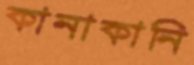
কানাকানি